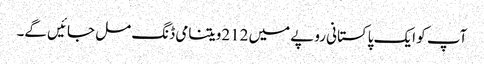
آپ کو ایک پاکستانی روپے میں 212ویتنامی ڈنگ مل جائیں گے۔